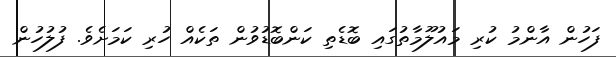
ފަހުން އާންމު ކުރި މައުލޫމާތުގައި ބޮޑެތި ކަންބޮޑުވުން ތަކެއް ހުރި ކަމަށެވެ. ފުލުހުން